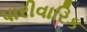
પારીવારિક